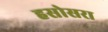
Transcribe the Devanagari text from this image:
हसोसरा